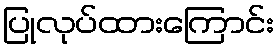
ပြုလုပ်ထားကြောင်း